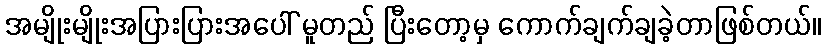
အမျိုးမျိုးအပြားပြားအပေါ် မူတည် ပြီးတော့မှ ကောက်ချက်ချခဲ့တာဖြစ်တယ်။